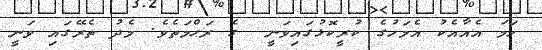
ހަމަ އެއާއެކު އެމަހުގެ ކުރީކޮޅުގައިވަނީ  ގެ ރަޙްމަތެވެ. މެދު ތެރޭގައި ވަނީ